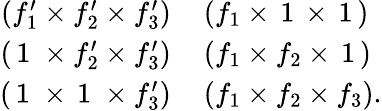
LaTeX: \begin{array}{rl}{(f_{1}^{\prime}\times f_{2}^{\prime}\times f_{3}^{\prime})\, }&{(f_{1}\times\, 1\, \times\, 1\, )}\\ {(\, 1\; \times f_{2}^{\prime}\times f_{3}^{\prime})\, }&{(f_{1}\times f_{2}\times\, 1\, )}\\ {(\, 1\; \times\, 1\; \times f_{3}^{\prime})\, }&{(f_{1}\times f_{2}\times f_{3}).}\end{array}